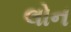
લોન